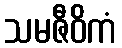
သမဇီဝိကံ